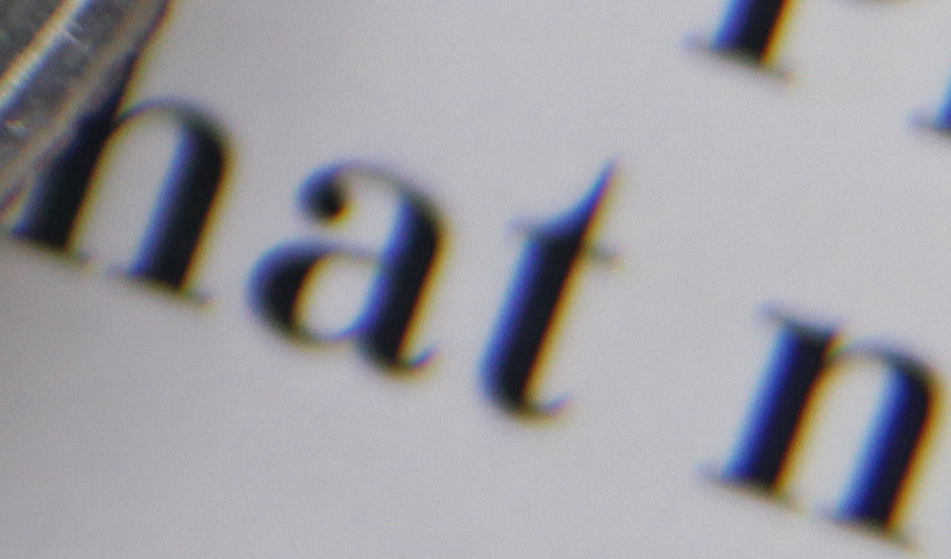
hat n